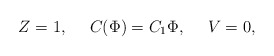
\begin{align*}Z=1, \ \ \ \ C(\Phi) =C_1 \Phi, \ \ \ \ V=0,\end{align*}